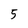
Character: 5